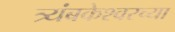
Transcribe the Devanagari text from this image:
त्र्यंबकेश्‍वरच्या